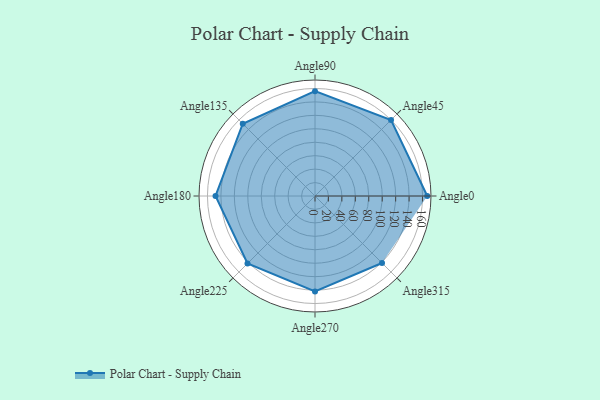
{"axis": {"x": "Angle", "y": "Radius"}, "legend": [""], "data": [{"x": "Angle0", "y": 167.0, "type": ""}, {"x": "Angle45", "y": 160.0, "type": ""}, {"x": "Angle90", "y": 156.0, "type": ""}, {"x": "Angle135", "y": 152.0, "type": ""}, {"x": "Angle180", "y": 148.0, "type": ""}, {"x": "Angle225", "y": 142.0, "type": ""}, {"x": "Angle270", "y": 142.0, "type": ""}, {"x": "Angle315", "y": 141.0, "type": ""}]}